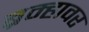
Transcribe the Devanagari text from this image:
ब्रम्हावर